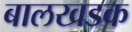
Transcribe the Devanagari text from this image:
बालखडक